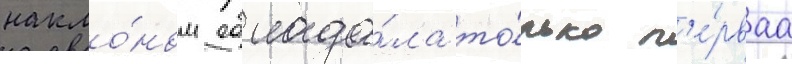
накло́ном облада́ла то́лько п'е́рваа